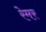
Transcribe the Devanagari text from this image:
रेमर